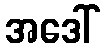
အဒေါ်